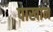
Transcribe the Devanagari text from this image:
पाखान